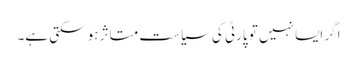
اگر ایسا نہیں تو پارٹی کی سیاست متاثر ہو سکتی ہے۔